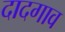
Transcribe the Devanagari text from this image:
दादगाव